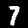
Digit: 7